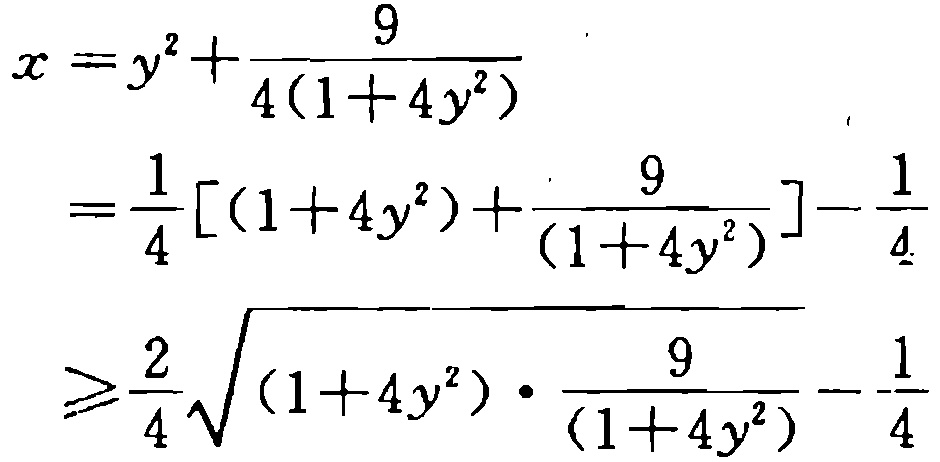
\[

\begin{align*}

x&=y^{2}+\frac{9}{4(1 + 4y^{2})}\\

&=\frac{1}{4}\left[(1 + 4y^{2})+\frac{9}{(1 + 4y^{2})}\right]-\frac{1}{4}\\

&\geqslant\frac{2}{4}\sqrt{(1 + 4y^{2})\cdot\frac{9}{(1 + 4y^{2})}}-\frac{1}{4}

\end{align*}

\]